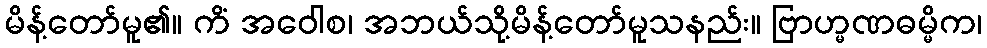
မိန့်တော်မူ၏။ ကိံ အဝေါစ၊ အဘယ်သို့မိန့်တော်မူသနည်း။ ဗြာဟ္မဏဓမ္မိက၊